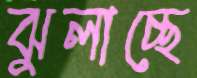
ঝুলাচ্ছে